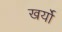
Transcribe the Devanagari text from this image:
खर्यो